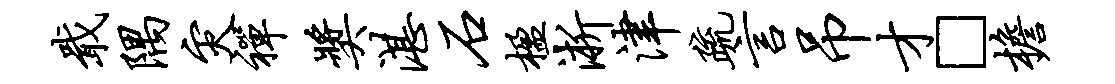
戢隅灾禅奖湛石楹淅津疏言吊才□檐